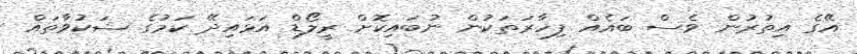
އޭގެ އިތުރުން ވެސް ބައެއް ފިހާރަތަކުން ނުބައިކޮށް ރީލޯޑް އަޅައިދޭ ކަމުގެ ޝަކުވާތައް